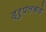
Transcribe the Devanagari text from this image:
ड्रुपलकडे